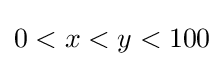
0<x<y<100